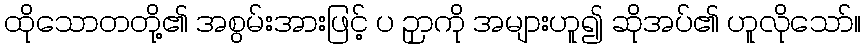
ထိုသောတတို့၏ အစွမ်းအားဖြင့် ပ ဉှာကို အများဟူ၍ ဆိုအပ်၏ ဟူလိုသော်။